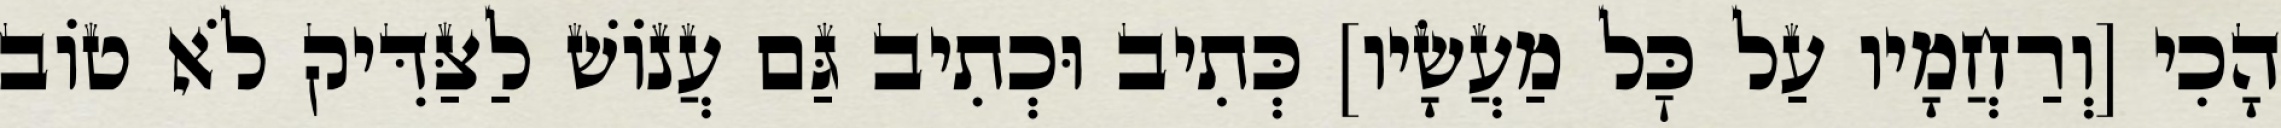
הָכִי [וְרַחֲמָיו עַל כׇּל מַעֲשָׂיו] כְּתִיב וּכְתִיב גַּם עֲנוֹשׁ לַצַּדִּיק לֹא טוֹב